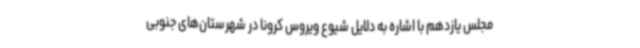
مجلس یازدهم با اشاره به دلایل شیوع ویروس کرونا در شهرستان‌های جنوبی